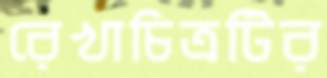
রেখাচিত্রটির